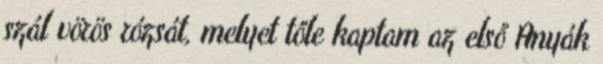
szál vörös rózsát, melyet tőle kaptam az első Anyák